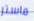
ماستر